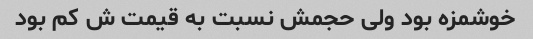
خوشمزه بود ولی حجمش نسبت به قیمت ش کم بود